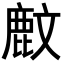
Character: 𪊙